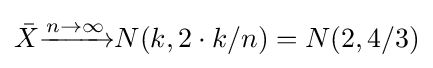
{\bar {X}}{\xrightarrow {n\to \infty }}N(k,2\cdot k/n)=N(2,4/3)